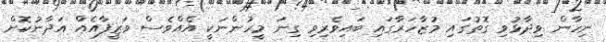
ނިހާން ވިދާޅުވި ގޮތުގައި މުޒާހަރާގައި ބައިވެރިވި ގިނަ މީހުންނަކީ އެއްވެސް ވަޒީފާއެއް އަދާނުކޮށް